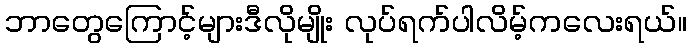
ဘာတွေကြောင့်များဒီလိုမျိုး လုပ်ရက်ပါလိမ့်ကလေးရယ်။